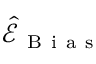
\widehat { \mathcal E } _ { \mathrm { ~ B ~ i ~ a ~ s ~ } }